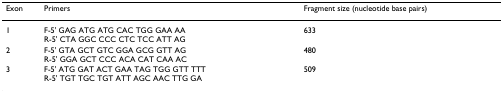
<table><thead><tr><td><b>Exon</b></td><td><b>Primers</b></td><td><b>Fragment size (nucleotide base pairs)</b></td></tr></thead><tbody><tr><td>1</td><td>F-5&#x27; GAG ATG ATG CAC TGG GAA AAR-5&#x27; CTA GGC CCC CTC TCC ATT AG</td><td>633</td></tr><tr><td>2</td><td>F-5&#x27; GTA GCT GTC GGA GCG GTT AGR-5&#x27; GGA GCT CCC ACA CAT CAA AC</td><td>480</td></tr><tr><td>3</td><td>F-5&#x27; ATG GAT ACT GAA TAG TGG GTT TTTR-5&#x27; TGT TGC TGT ATT AGC AAC TTG GA</td><td>509</td></tr></tbody></table>